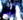
ذلك